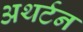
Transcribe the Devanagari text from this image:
अथर्टन